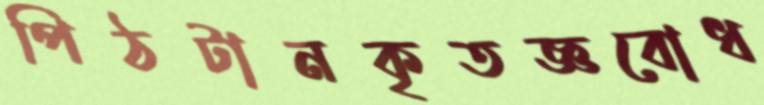
পিঠটানকৃতজ্ঞবোধ